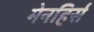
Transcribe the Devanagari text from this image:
मेनहिर्स